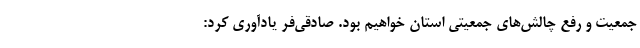
جمعیت و رفع چالش‌های جمعیتی استان خواهیم بود. صادقی‌فر یادآوری کرد: